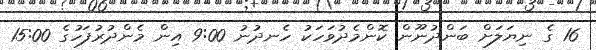
16 ގެ ނިޔަލަށް ބަންދުނޫން ކޮންމެދުވަހަކު ހެނދުނު 9:00 އިން މެންދުރުފަހުގެ 15:00